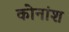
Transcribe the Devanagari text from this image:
कोनांश